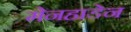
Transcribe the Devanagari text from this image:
मेनहाडेन